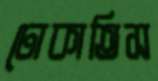
ঢোকাতিস